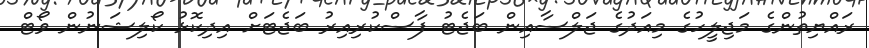
ރައްޔިތުންގެ މަޖިލީހުގެ މިއަދުގެ ޖަލްސާއިން ބަޖެޓު ފާސްކުރިއިރު ބަޖެޓަށް އިދިކޮޅު ކޯލިޝަނުން ވޯޓް